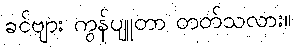
ခင်ဗျား ကွန်ပျူတာ တတ်သလား။